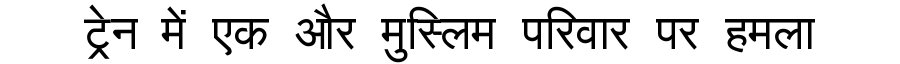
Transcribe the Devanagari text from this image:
ट्रेन में एक और मुस्लिम परिवार पर हमला